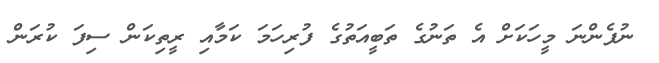
ނުފެންނަ މީހަކަށް އެ ތަނުގެ ތަބީއަތުގެ ފުރިހަމަ ކަމާއި ރީތިކަން ސިފަ ކުރަން